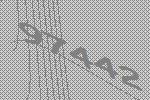
97442